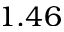
1 . 4 6